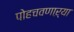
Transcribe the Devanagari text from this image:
पोहचवणाऱ्या